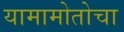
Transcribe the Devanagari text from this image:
यामामोतोचा